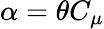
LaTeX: \alpha=\theta C_{\mu}